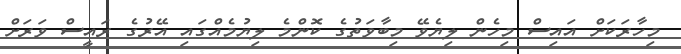
މިހާރަކަށް އައިސް މިހެން ލިޔެވޭ މިބާވަތުގެ ކޮންމެ ލިޔުމެއްގައި އޭރުގެ ރައީސް ވަރަށް